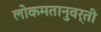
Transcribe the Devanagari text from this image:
लोकमतानुवर्ती